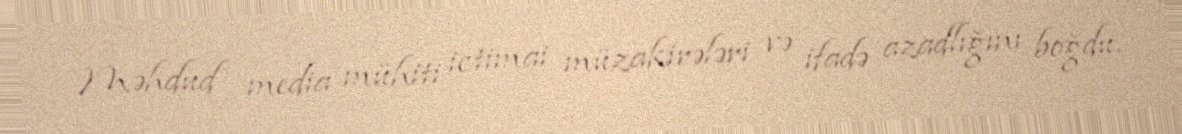
Məhdud media mühiti ictimai müzakirələri və ifadə azadlığını boğdu.